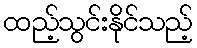
ထည့်သွင်းနိုင်သည့်